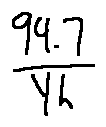
\frac { 9 4 . 7 } { Y h }